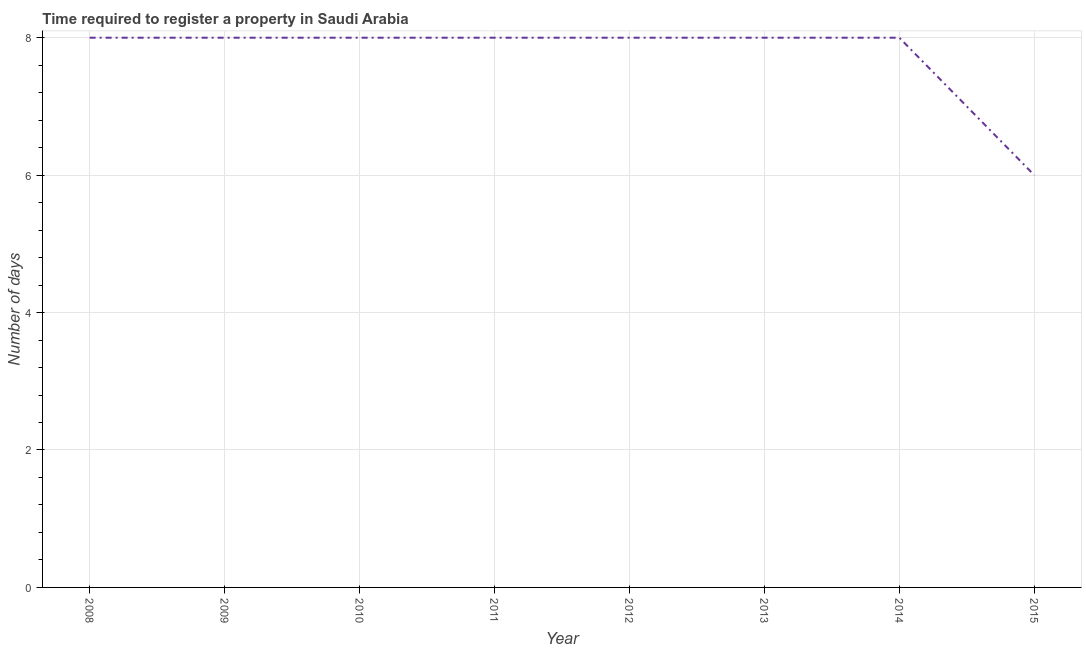
| Year | Register property |
 | --- | --- |
 | 2008 | 8 |
 | 2009 | 8 |
 | 2010 | 8 |
 | 2011 | 8 |
 | 2012 | 8 |
 | 2013 | 8 |
 | 2014 | 8 |
 | 2015 | 6 |